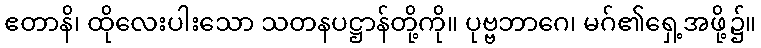
ဧတာနိ၊ ထိုလေးပါးသော သတနပဋ္ဌာန်တို့ကို။ ပုဗ္ဗဘာဂေ၊ မဂ်၏ရှေ့အဖို့၌။